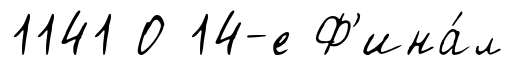
1141 О 14-е Ф'ина́л